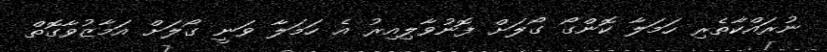
ނުރައްކާތެރި ހަމަލާ ކޮންގޯ ގޯލަށް ފޮނުވާލިއިރު އެ ހަމަލާ ވަނީ ގޯލަށް އަމާޒުވާގޮތް